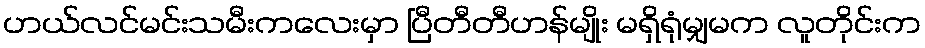
ဟယ်လင်မင်းသမီးကလေးမှာ ပြီတီတီဟန်မျိုး မရှိရုံမျှမက လူတိုင်းက